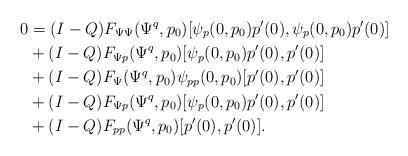
LaTeX: \begin{align*}0 &= (I-Q) F_{\Psi\Psi}(\Psi^q,p_0)[\psi_p(0,p_0)p'(0),\psi_p(0,p_0)p'(0)]\\&+ (I-Q) F_{\Psi p}(\Psi^q,p_0)[\psi_p(0,p_0)p'(0), p'(0)]\\&+ (I-Q) F_\Psi(\Psi^q,p_0)\psi_{pp}(0,p_0)[p'(0), p'(0)]\\&+ (I-Q) F_{\Psi p}(\Psi^q,p_0)[\psi_p(0,p_0)p'(0), p'(0)]\\&+ (I-Q) F_{pp}(\Psi^q, p_0)[p'(0), p'(0)].\end{align*}